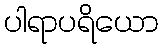
ပါရာပရိယော